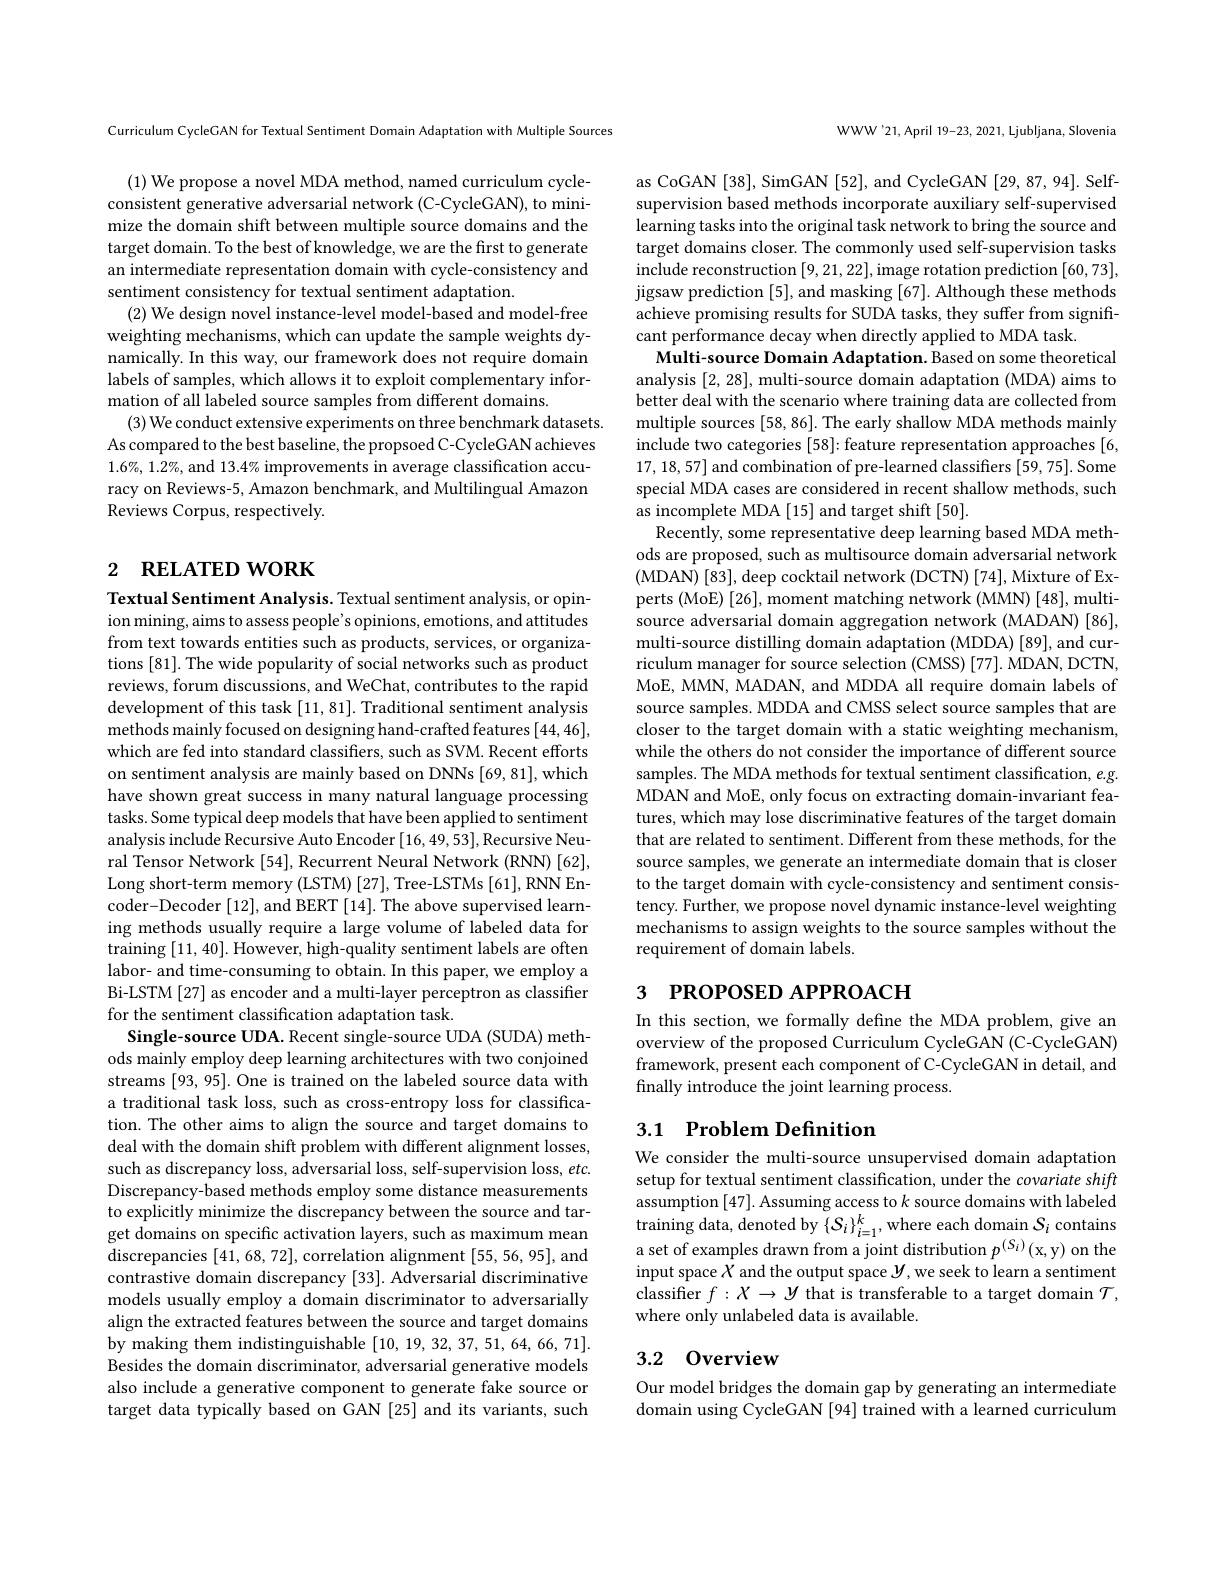
Curriculum CycleGAN for Textual Sentiment Domain Adaptation with Multiple Sources

(1) We propose a novel MDA method, named curriculum cycleconsistent generative adversarial network (C-CycleGAN), to minimize the domain shift between multiple source domains and the target domain. To the best of knowledge, we are the first to generate an intermediate representation domain with cycle-consistency and sentiment consistency for textual sentiment adaptation.
(2) We design novel instance-level model-based and model-free weighting mechanisms, which can update the sample weights dynamically. In this way, our framework does not require domain labels of samples, which allows it to exploit complementary information of all labeled source samples from different domains.
(3) We conduct extensive experiments on three benchmark datasets. As compared to the best baseline, the propsoed C-CycleGAN achieves $1.6\%,1.2\%$, and $13.4\%$ improvements in average classification accuracy on Reviews-5, Amazon benchmark, and Multilingual Amazon Reviews Corpus, respectively.

# 2 RELATED WORK

Textual Sentiment Analysis. Textual sentiment analysis, or opinion mining, aims to assess people's opinions, emotions, and attitudes from text towards entities such as products, services, or organizations [81]. The wide popularity of social networks such as product reviews, forum discussions, and WeChat, contributes to the rapid development of this task [11,81]. Traditional sentiment analysis methods mainly focused on designing hand-crafted features [44,46], which are fed into standard classifiers, such as SVM. Recent efforts on sentiment analysis are mainly based on DNNs [69,81], which have shown great success in many natural language processing tasks. Some typical deep models that have been applied to sentiment analysis include Recursive Auto Encoder [16,49,53], Recursive Neural Tensor Network [54], Recurrent Neural Network (RNN) [62], Long short-term memory (LSTM) [27], Tree-LSTMs [61], RNN Encoder-Decoder [12], and BERT [14]. The above supervised learning methods usually require a large volume of labeled data for training [11,40]. However, high-quality sentiment labels are often labor- and time-consuming to obtain. In this paper, we employ a Bi-LSTM [27] as encoder and a multi-layer perceptron as classiffer for the sentiment classification adaptation task.
Single-source UDA. Recent single-source UDA (SUDA) methods mainly employ deep learning architectures with two conjoined streams [93, 95]. One is trained on the labeled source data with a traditional task loss, such as cross-entropy loss for classification. The other aims to align the source and target domains to deal with the domain shift problem with different alignment losses, such as discrepancy loss, adversarial loss, self-supervision loss, etc. Discrepancy-based methods employ some distance measurements to explicitly minimize the discrepancy between the source and target domains on specific activation layers, such as maximum mean discrepancies [41, 68, 72], correlation alignment [55, 56, 95], and contrastive domain discrepancy [33]. Adversarial discriminative models usually employ a domain discriminator to adversarially align the extracted features between the source and target domains by making them indistinguishable [10,19,32,37,51,64,66,71]. Besides the domain discriminator, adversarial generative models also include a generative component to generate fake source or target data typically based on GAN [25] and its variants, such

WWW'21,April 19-23, 2021, Ljubljana, Slovenia

as CoGAN [38], SimGAN [52], and CycleGAN [29, 87, 94]. Selfsupervision based methods incorporate auxiliary self-supervised learning tasks into the original task network to bring the source and target domains closer. The commonly used self-supervision tasks include reconstruction [9,21,22],image rotation prediction [60,73], jigsaw prediction [5], and masking [67]. Although these methods achieve promising results for SUDA tasks, they suffer from significant performance decay when directly applied to MDA task
Multi-source Domain Adaptation. Based on some theoretical analysis [2,28], multi-source domain adaptation (MDA) aims to better deal with the scenario where training data are collected from multiple sources [58, 86]. The early shallow MDA methods mainly include two categories [58]: feature representation approaches [6, 17,18,57] and combination of pre-learned classifiers [59,75]. Some special MDA cases are considered in recent shallow methods, such as incomplete MDA [15] and target shift [50].
Recently, some representative deep learning based MDA methods are proposed, such as multisource domain adversarial network (MDAN) [83], deep cocktail network (DCTN) [74], Mixture of Experts (MoE) [26], moment matching network (MMN) [48], multisource adversarial domain aggregation network (MADAN)[86], multi-source distilling domain adaptation (MDDA) [89], and curriculum manager for source selection (CMSS) [77]. MDAN, DCTN MoE, MMN, MADAN, and MDDA all require domain labels of source samples. MDDA and CMSS select source samples that are closer to the target domain with a static weighting mechanism, while the others do not consider the importance of different source samples. The MDA methods for textual sentiment classification, $e.g.$ MDAN and MoE, only focus on extracting domain-invariant features, which may lose discriminative features of the target domain that are related to sentiment. Different from these methods, for the source samples, we generate an intermediate domain that is closer to the target domain with cycle-consistency and sentiment consistency. Further, we propose novel dynamic instance-level weighting mechanisms to assign weights to the source samples without the requirement of domain labels.
3 PROPOSED APPROACH

In this section, we formally define the MDA problem, give an overview of the proposed Curriculum CycleGAN (C-CycleGAN) framework, present each component of C-CycleGAN in detail, and finally introduce the joint learning process.

## 3.1 Problem Definition

We consider the multi-source unsupervised domain adaptation setup for textual sentiment classification, under the covariate shift assumption [47]. Assuming access to $k$ source domains with labeled training data, denoted by $\{S_i\}_{i=1}^k$, where each domain $S_i$ contains a set of examples drawn from a joint distribution $p^{(S_i)}($x,y) on the input space $X$ and the output space $y$,we seek to learn a sentiment classifier $f:X\to Y$ that is transferable to a target domain $\mathcal{T}$, where only unlabeled data is available.

# 3.2 Overview

Our model bridges the domain gap by generating an intermediate domain using CycleGAN [94] trained with a learned curriculum